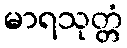
မာရသုတ္တံ